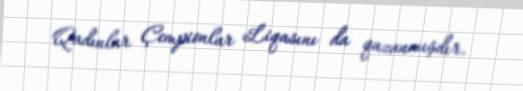
Qadınlar Çempionlar Liqasını da qazanmışdır.